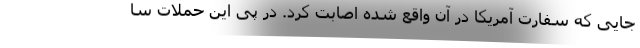
جایی که سفارت آمریکا در آن واقع شده اصابت کرد. در پی این حملات سا